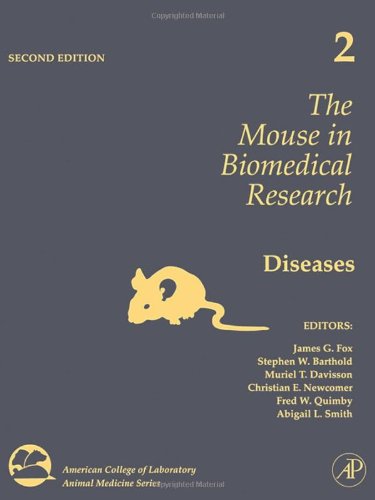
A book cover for The Mouse in Biomedical Research, Volume 2, Second Edition: Diseases (American College of Laboratory Animal Medicine); Medical Books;